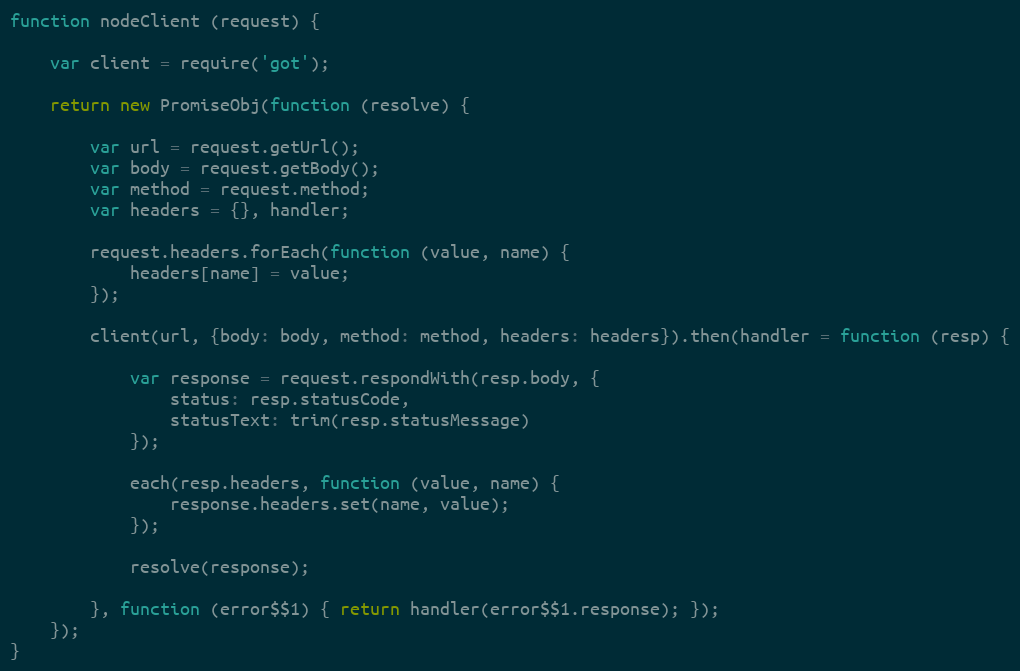
Language: JavaScript
function nodeClient (request) {

    var client = require('got');

    return new PromiseObj(function (resolve) {

        var url = request.getUrl();
        var body = request.getBody();
        var method = request.method;
        var headers = {}, handler;

        request.headers.forEach(function (value, name) {
            headers[name] = value;
        });

        client(url, {body: body, method: method, headers: headers}).then(handler = function (resp) {

            var response = request.respondWith(resp.body, {
                status: resp.statusCode,
                statusText: trim(resp.statusMessage)
            });

            each(resp.headers, function (value, name) {
                response.headers.set(name, value);
            });

            resolve(response);

        }, function (error$$1) { return handler(error$$1.response); });
    });
}